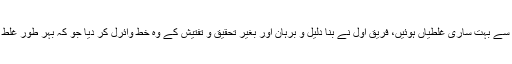
فریقین کی جانب سے بہت ساری غلطیاں ہوئیں، فریق اول نے بنا دلیل و برہان اور بغیر تحقیق و تفتیش کے وہ خط وائرل کر دیا جو کہ بہر طور غلط اور بددیانتی ہے۔